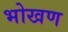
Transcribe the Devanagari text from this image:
भोखण